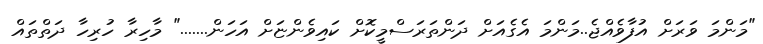
"މަންމަ ވަރަށް އުފާވެއްޖެ..މަންމަ އެގެއަަށް ދަންތަރަސްމީކޮށް ކައިވެންޏަށް އަހަން......." މާހިރާ ހުރިހާ ދަތްތައް